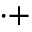
^ { \cdot + }